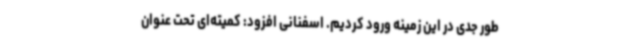
طور جدی در این زمینه ورود کردیم. اسفنانی افزود: کمیته‌ای تحت عنوان